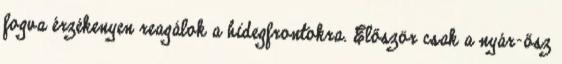
fogva érzékenyen reagálok a hidegfrontokra. Először csak a nyár-ősz